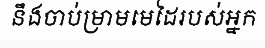
នឹងចាប់ម្រាមមេដៃរបស់អ្នក